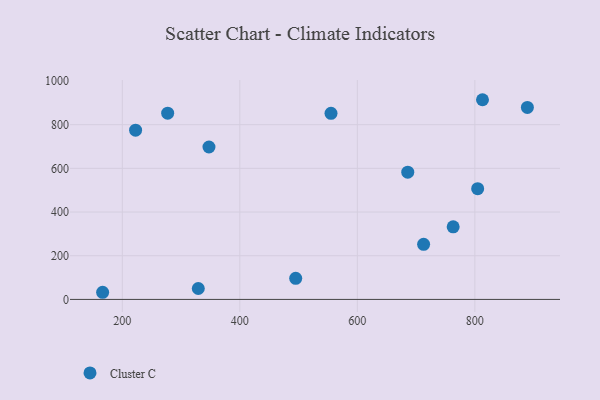
{"axis": {"x": "Speed", "y": "Exam Score"}, "legend": ["Cluster C"], "data": [{"x": "277.2", "y": 852.6, "type": "Cluster C"}, {"x": "712.8", "y": 252.3, "type": "Cluster C"}, {"x": "347.5", "y": 697.7, "type": "Cluster C"}, {"x": "555.2", "y": 851.9, "type": "Cluster C"}, {"x": "329.3", "y": 49.9, "type": "Cluster C"}, {"x": "166.5", "y": 32.7, "type": "Cluster C"}, {"x": "763.1", "y": 332.5, "type": "Cluster C"}, {"x": "495.1", "y": 96.5, "type": "Cluster C"}, {"x": "222.6", "y": 774.8, "type": "Cluster C"}, {"x": "685.8", "y": 582.4, "type": "Cluster C"}, {"x": "804.8", "y": 507.2, "type": "Cluster C"}, {"x": "889.4", "y": 878.8, "type": "Cluster C"}, {"x": "813.0", "y": 914.2, "type": "Cluster C"}]}